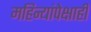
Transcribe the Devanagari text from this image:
महिन्यांपेक्षाही